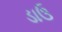
ડાઉ